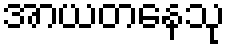
အာယတနေသု